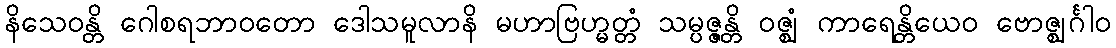
နိသေဝန္တိ ဂေါစရဘာဝတော ဒေါသမူလာနိ မဟာဗြဟ္မတ္တံ သမ္ပဇ္ဇန္တိ ဝဇ္ဈံ ကာရေန္တိယေဝ ဗောဇ္ဈင်္ဂါဝ